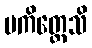
ပကိတ္တေသိ